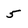
Character: 5